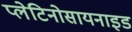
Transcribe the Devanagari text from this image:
प्लेटिनोसायनाइड